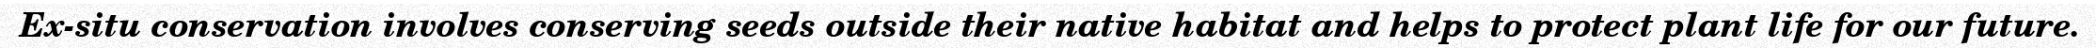
Ex-situ conservation involves conserving seeds outside their native habitat and helps to protect plant life for our future.